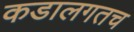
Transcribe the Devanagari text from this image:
कडालगतच